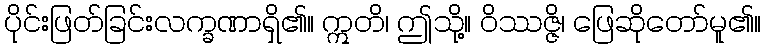
ပိုင်းဖြတ်ခြင်းလက္ခဏာရှိ၏။ ဣတိ၊ ဤသို့။ ဝိဿဇ္ဇိ၊ ဖြေဆိုတော်မူ၏။